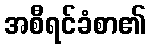
အစီရင်ခံစာ၏